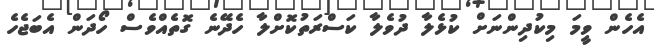
އެހެން ވީމަ މިކުދިންނަށް ކުޅެލާ ދުވެލާ ކަސްރަތުކޮށްލާ ހެދޭނެ ގޮތެއްވެސް ހޯދަން އެބަޖެހެ